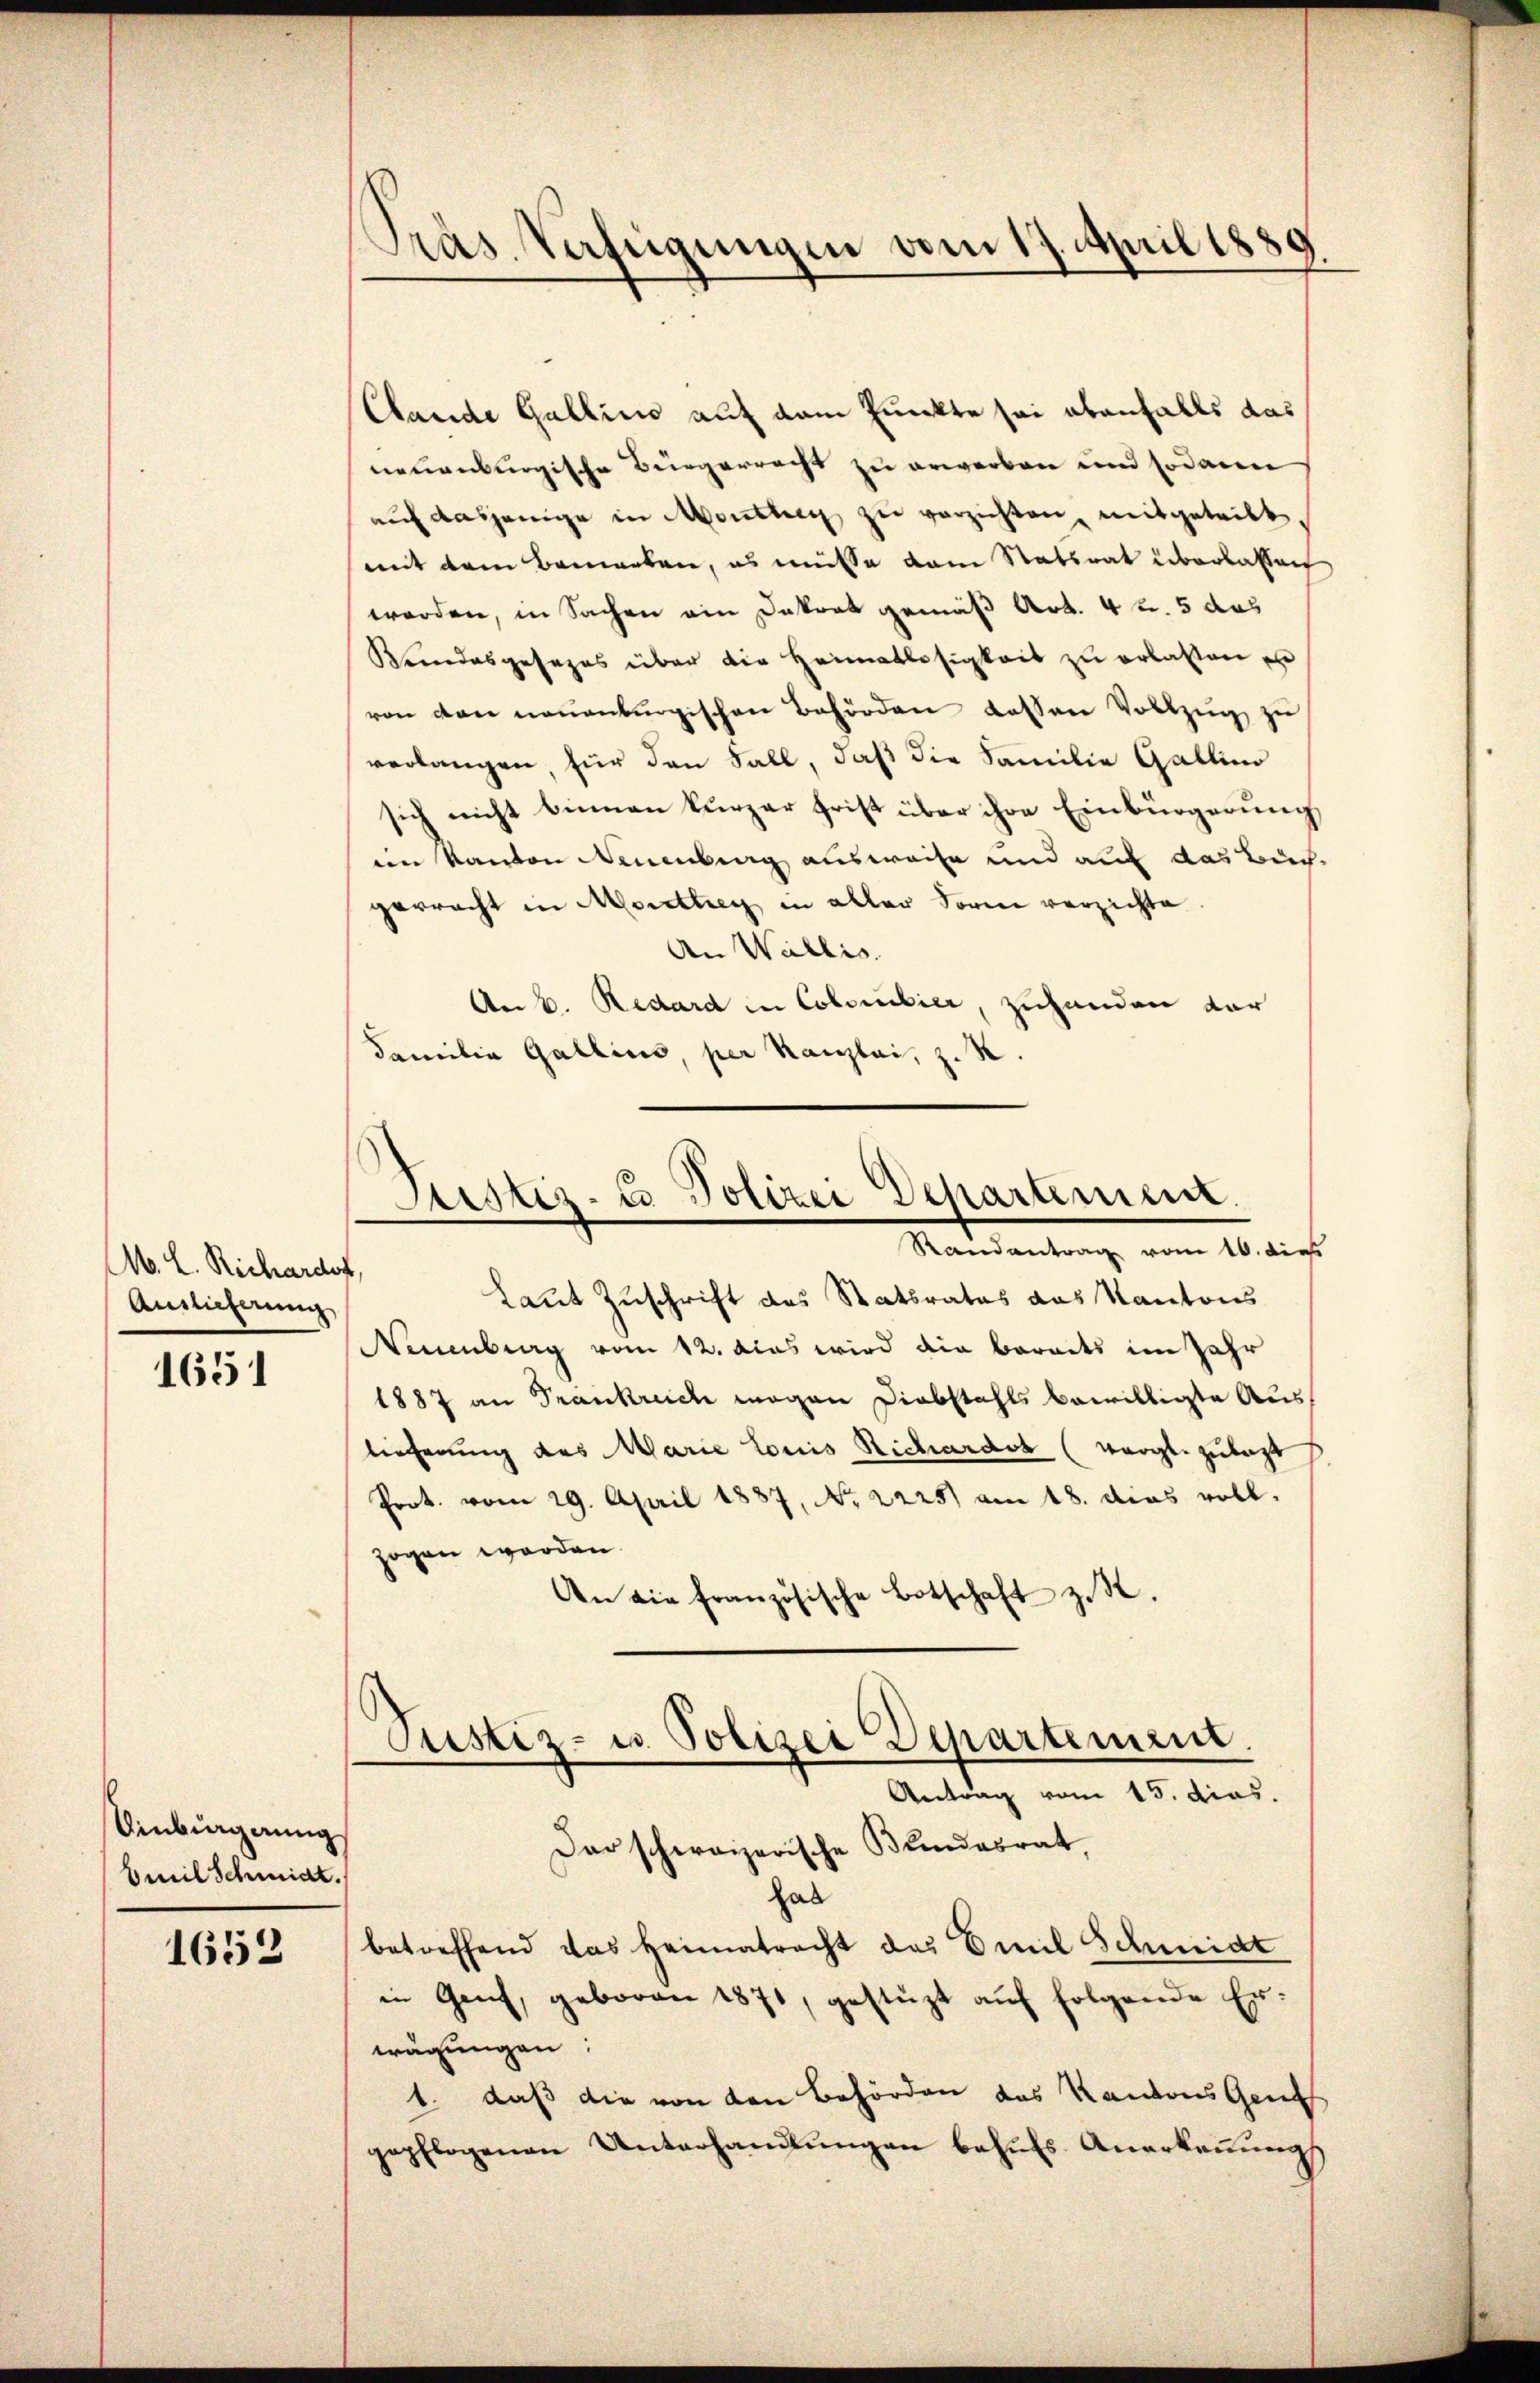
M. L. Richardof,
Antlicherung

1651

Ainbiagnung
Beeil Schmidt.

1652

Clande Gallino auf dem Punkte sei ebenfalls das
neuenburgische Bürgerrecht zu erwerben und sodann
auf dasjenige in Monsberg zu verzichten mitgeteilt.
mit dem Bemerken, es müsse dem Statsrat überlassen
werden, in Sachen ein Dekret gemäß Art. 4 t. 5 das
Kundesgesezes über die Heimatlosigkeit zu erlassen e
von den neuenburgischen Behörden dessen Vollzŭg zŭ
verlangen, für den Fall, daß die Familie Gallino
sich nicht binnen kurzer frist über ihre Einbürgerung
eim Kanton Neuenburg ausweise und auf das Buch-
gerracht in Moretten in aller Form verzichte
An Wallis.
Am 6. Redard in Collier, zuhanden dar
Familia Gallins, per Kaiglai, z. R.

Präs. Verfügungen vom 17. April 1889

Laut Zuschrift des Statsrates das Kantons
Neuenburg vom 12. das wird die Baracts im Jahr
1887 an Trankreich mögen Diebstahls bewilligte Auslieferung des Marie Louis Richardot (vergl. zulezt
Prot. vom 29. April 1887, No 2225) am 18. dies voll.
zogen worden.
An die französische Botschaft z. R.
Justiz- u. Polizei Departement.
Antrag vom 15. dies.
Dar schweizerische Bundesrat,
hab
betreffend das Heimatracht das Emil Schmidt
in Genf, geboren 1871, gestüzt aŭf folgende Er-
wägungen:
1. daß die von den Behörden das Kantons Gend
gepflogenen Unterhandlŭngen behŭfs Anerkeṅŭng

Justiz- u Polizei Departement.
Randantrag vom 16. dies